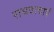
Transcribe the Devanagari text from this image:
राघवाचार्य